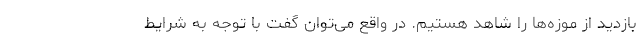
بازدید از موزه‌ها را شاهد هستیم. در واقع می‌توان گفت با توجه به شرایط